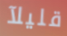
قليلآ